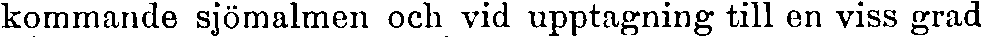
kommande sjömalmen och vid upptagning till en viss grad